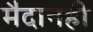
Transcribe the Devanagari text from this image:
मैदानही